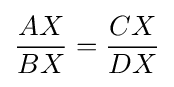
{\frac {AX}{BX}}={\frac {CX}{DX}}